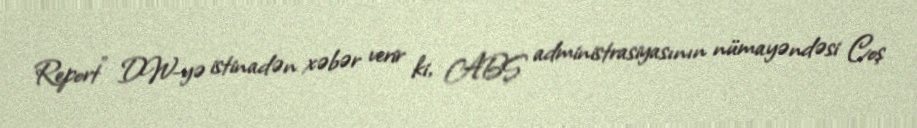
Report" DW-yə istinadən xəbər verir ki, ABŞ administrasiyasının nümayəndəsi Coş